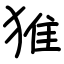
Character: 猚